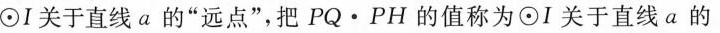
⊙I关于直线a的”远点”，把PQ·PH的值称为⊙I关于直线a的